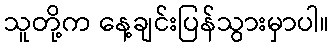
သူတို့က နေ့ချင်းပြန်သွားမှာပါ။